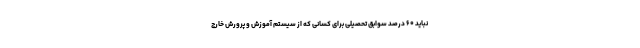
نباید ۶۰ درصد سوابق تحصیلی برای کسانی که از سیستم آموزش و پرورش خارج